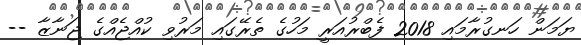
ޔަމަން ހަނގުރާމައި 2018 ފެބްރުއަރީ މަހުގެ ތެރޭގައި މަރުވި ކުއްޖެއްގެ ޖަނާޒާ --